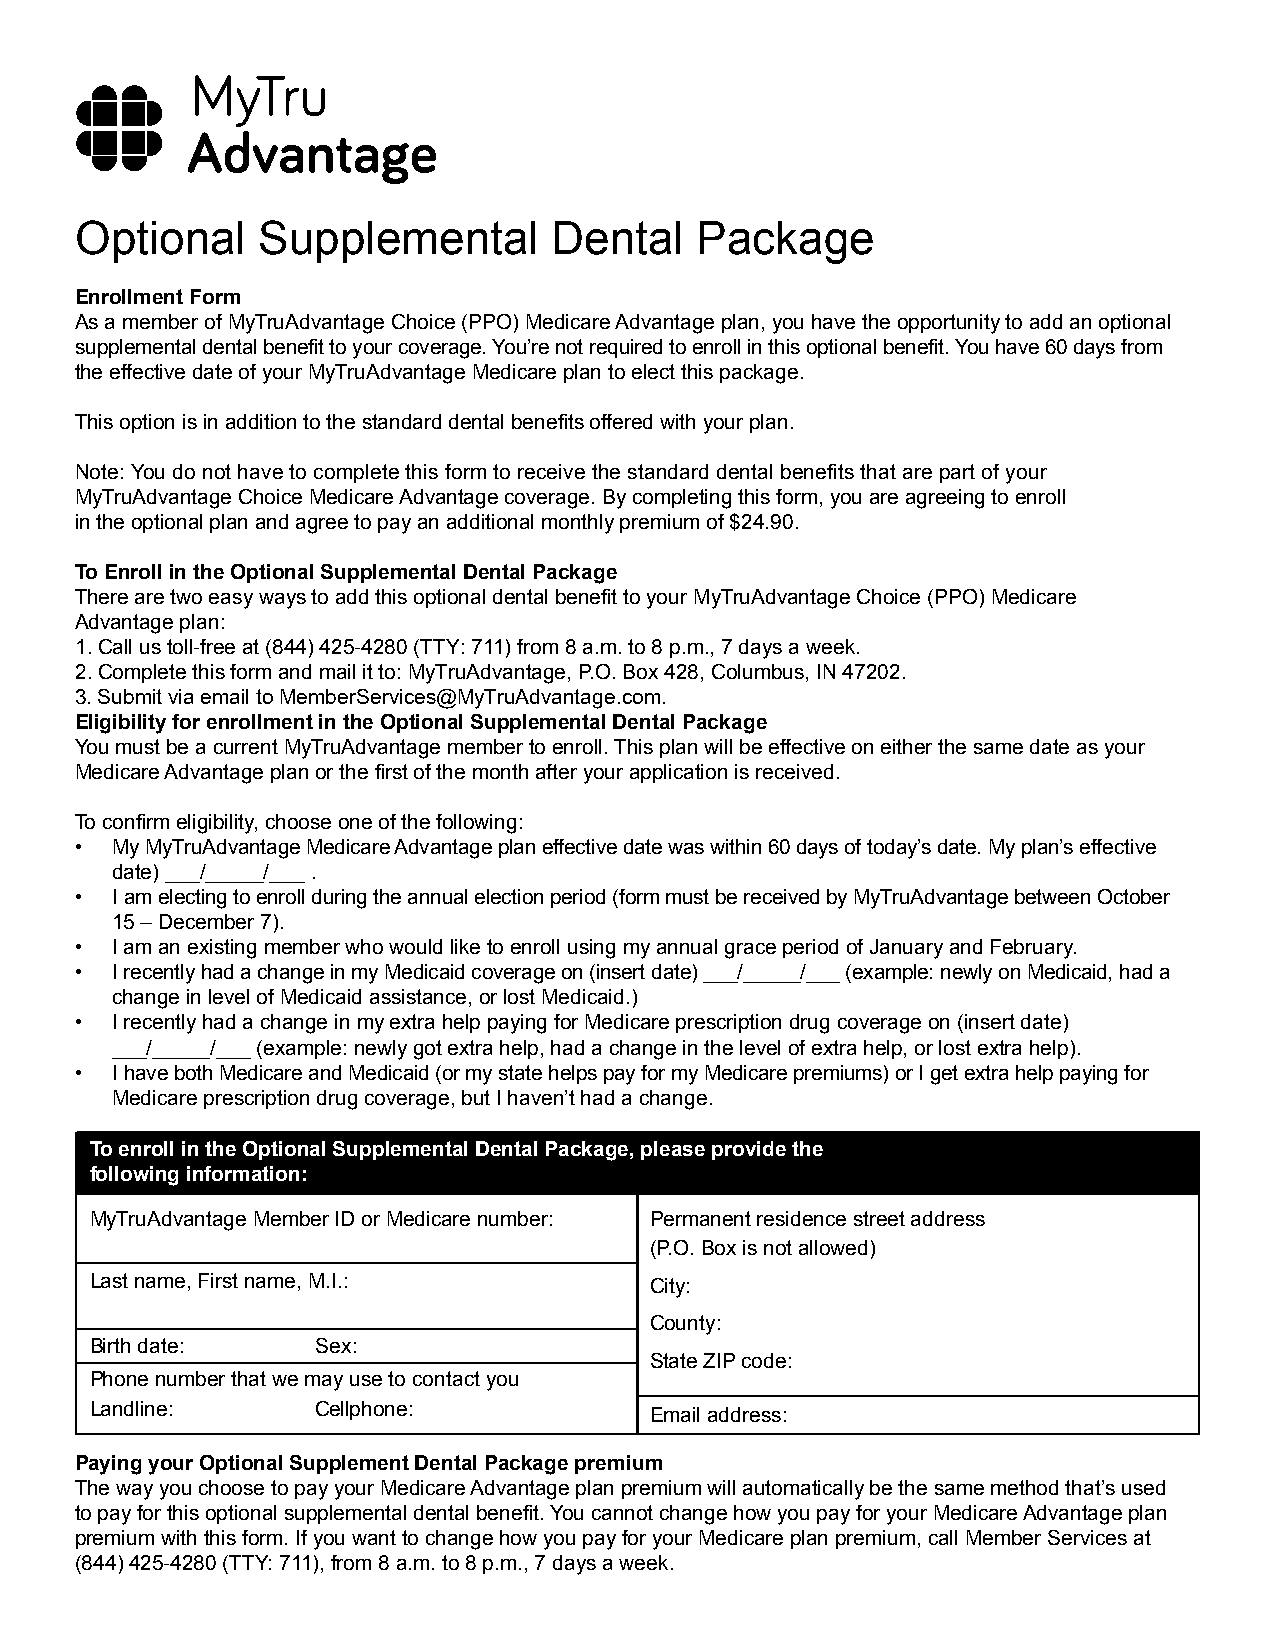
Optional    Supplemental        Dental   Package
 Enrollment Form
 As a member of MyTruAdvantage Choice (PPO) Medicare Advantage plan, you have the opportunity to add an optional
 supplemental dental benefit to your coverage. You’re not required to enroll in this optional benefit. You have 60 days from
 the effective date of your MyTruAdvantage Medicare plan to elect this package.
 This option is in addition to the standard dental benefits offered with your plan.
 Note: You do not have to complete this form to receive the standard dental benefits that are part of your
 MyTruAdvantage Choice Medicare Advantage coverage. By completing this form, you are agreeing to enroll
 in the optional plan and agree to pay an additional monthly premium of $24.90.
 To Enroll in the Optional Supplemental Dental Package
 There are two easy ways to add this optional dental benefit to your MyTruAdvantage Choice (PPO) Medicare
 Advantage plan:
 1.Call us toll-free at (844) 425-4280 (TTY: 711) from 8 a.m. to 8 p.m., 7 days a week.
 2.Complete this form and mail it to: MyTruAdvantage, P.O. Box 428, Columbus, IN 47202.
 3.Submit via email to MemberServices@MyTruAdvantage.com.
 Eligibility for enrollment in the Optional Supplemental Dental Package
 You must be a current MyTruAdvantage member to enroll. This plan will be effective on either the same date as your
 Medicare Advantage plan or the first of the month after your application is received.
 To confirm eligibility, choose one of the following:
 • My MyTruAdvantage Medicare Advantage plan effective date was within 60 days of today’s date. My plan’s effective
 date) ___/_____/___ .
 • I am electing to enroll during the annual election period (form must be received by MyTruAdvantage between October
 15 – December 7).
 • I am an existing member who would like to enroll using my annual grace period of January and February.
 • I recently had a change in my Medicaid coverage on (insert date) ___/_____/___ (example: newly on Medicaid, had a
 change in level of Medicaid assistance, or lost Medicaid.)
 • I recently had a change in my extra help paying for Medicare prescription drug coverage on (insert date)
 ___/_____/___ (example: newly got extra help, had a change in the level of extra help, or lost extra help).
 • I have both Medicare and Medicaid (or my state helps pay for my Medicare premiums) or I get extra help paying for
 Medicare prescription drug coverage, but I haven’t had a change.
 To enroll in the Optional Supplemental Dental Package, please provide the
 following information:
 MyTruAdvantage Member ID or Medicare number: Permanent residence street address
 (P.O. Box is not allowed)
 Last name, First name, M.I.:         City:
 County:
 Birth date:    Sex:
 State ZIP code:
 Phone number that we may use to contact you
 Landline:      Cellphone:            Email address:
 Paying your Optional Supplement Dental Package premium
 The way you choose to pay your Medicare Advantage plan premium will automatically be the same method that’s used
 to pay for this optional supplemental dental benefit. You cannot change how you pay for your Medicare Advantage plan
 premium with this form. If you want to change how you pay for your Medicare plan premium, call Member Services at
 (844)425-4280 (TTY: 711), from 8 a.m. to 8 p.m., 7 days a week.